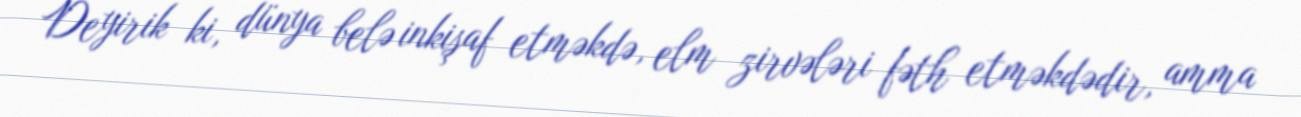
Deyirik ki, dünya belə inkişaf etməkdə, elm zirvələri fəth etməkdədir, amma